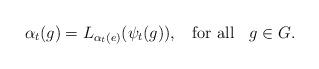
LaTeX: \begin{align*}\alpha_{t}(g)=L_{\alpha_{t}(e)}(\psi_{t}(g)), \;\;\mbox{ for all }\;\;g\in G.\end{align*}